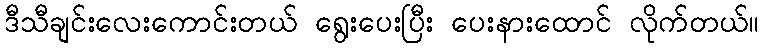
ဒီသီချင်းလေးကောင်းတယ် ရွေးပေးပြီး ပေးနားထောင် လိုက်တယ်။